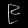
Digit: ၉